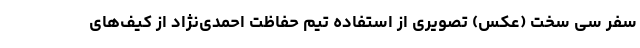
سفر سی سخت (عکس) تصویری از استفاده تیم حفاظت احمدی‌نژاد از کیف‌های